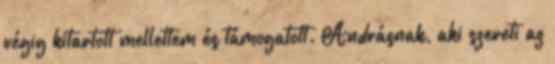
végig kitartott mellettem és támogatott. Andrásnak, aki szereti az